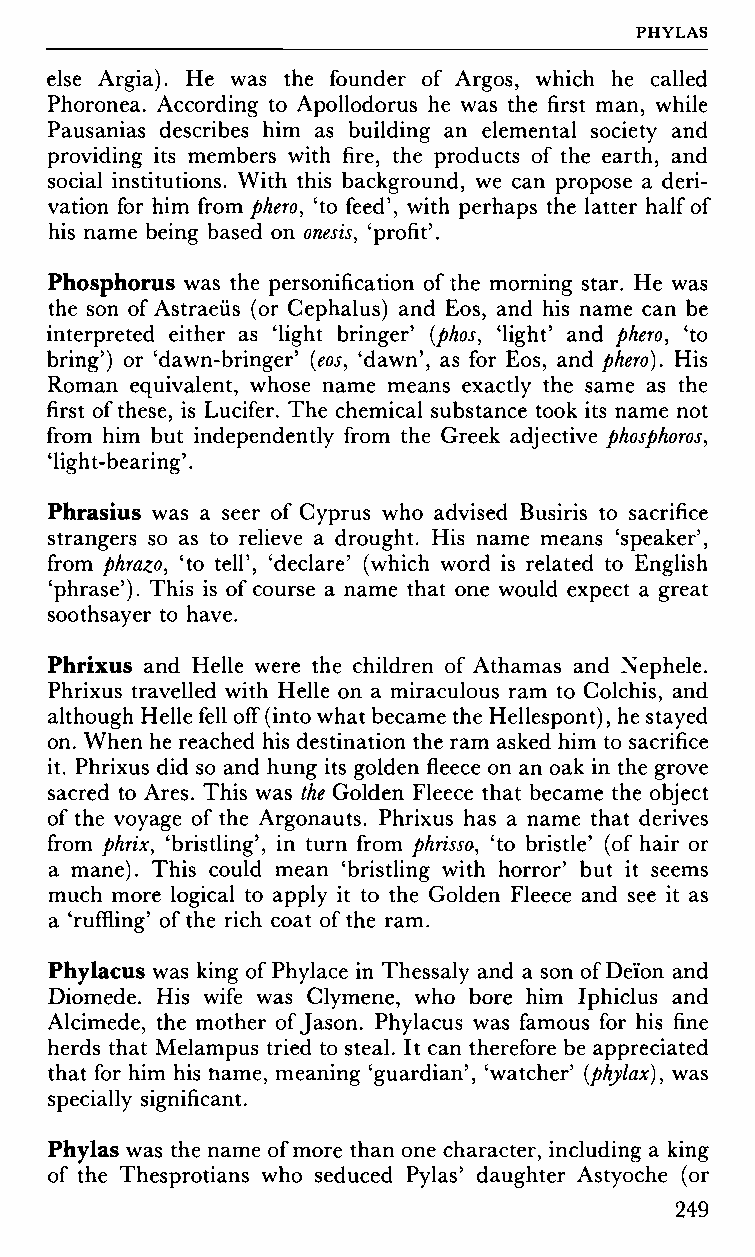
PHYLAS
 else Argia). He was the founder of Argos, which he called
 Phoronea. According to Apollodorus he was the first man, while
 Pausanias describes him as building an elemental society and
 providing its members with fire, the products of the earth, and
 social institutions. With this background, we can propose a deri
 vation for him from phero, 'to feed', with perhaps the latter half of
 his name being based on onesis, 'profit'.
 Phosphorus was the personification of the morning star. He was
 the son of Astraeüs (or Cephalus) and Eos, and his name can be
 interpreted either as 'light bringer' (phos, 'light' and phero, 'to
 bring') or 'dawn-bringer' (eos, 'dawn', as for Eos, and phero). His
 Roman equivalent, whose name means exactly the same as the
 first of these, is Lucifer. The chemical substance took its name not
 from him but independently from the Greek adjective phosphoros,
 'light-bearing'.
 Phrasius was a seer of Cyprus who advised Busiris to sacrifice
 strangers so as to relieve a drought. His name means 'speaker',
 from phrazo, 'to tell', 'declare' (which word is related to English
 'phrase'). This is of course a name that one would expect a great
 soothsayer to have.
 Phrixus and Helle were the children of Athamas and Nephele.
 Phrixus travelled with Helle on a miraculous ram to Colchis, and
 although Helle fell off (into what became the Hellespont), he stayed
 on. When he reached his destination the ram asked him to sacrifice
 it. Phrixus did so and hung its golden fleece on an oak in the grove
 sacred to Ares. This was the Golden Fleece that became the object
 of the voyage of the Argonauts. Phrixus has a name that derives
 from phrix, 'bristling', in turn from phrissa, 'to bristle' (of hair or
 a mane). This could mean 'bristling with horror' but it seems
 much more logical to apply it to the Golden Fleece and see it as
 a 'ruffling' of the rich coat of the ram.
 Phylacus was king of Phylace in Thessaly and a son of Deïon and
 Diomede. His wife was Clymene, who bore him Iphiclus and
 Alcimede, the mother of Jason. Phylacus was famous for his fine
 herds that Melampus tried to steal. It can therefore be appreciated
 that for him his name, meaning 'guardian', 'watcher' (phylax), was
 specially significant.
 Phylas was the name of more than one character, including a king
 of the Thesprotians who seduced Pylas' daughter Astyoche (or
 249